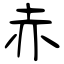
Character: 赤